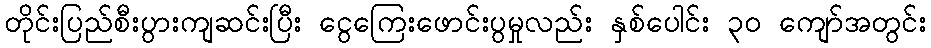
တိုင်းပြည်စီးပွားကျဆင်းပြီး ငွေကြေးဖောင်းပွမှုလည်း နှစ်ပေါင်း ၃၀ ကျော်အတွင်း